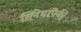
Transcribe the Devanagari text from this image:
सिनेमांपैकी